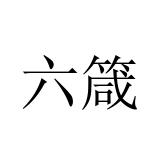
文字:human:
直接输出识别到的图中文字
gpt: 六箴